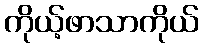
ကိုယ့်ဖာသာကိုယ်